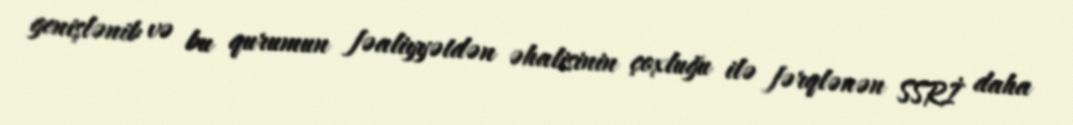
genişlənib və bu qurumun fəaliyyətdən əhalisinin çoxluğu ilə fərqlənən SSRİ daha